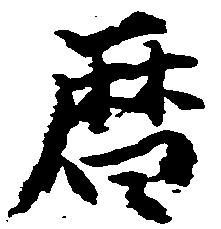
暦